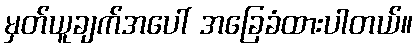
မှတ်ယူချက်အပေါ် အခြေခံထားပါတယ်။